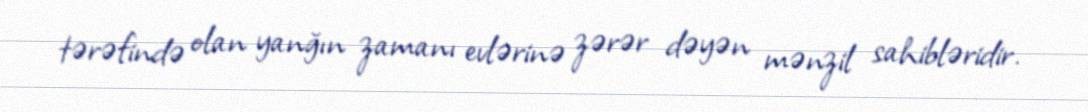
tərəfində olan yanğın zamanı evlərinə zərər dəyən mənzil sahibləridir.